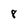
Character: 8